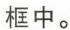
框中。